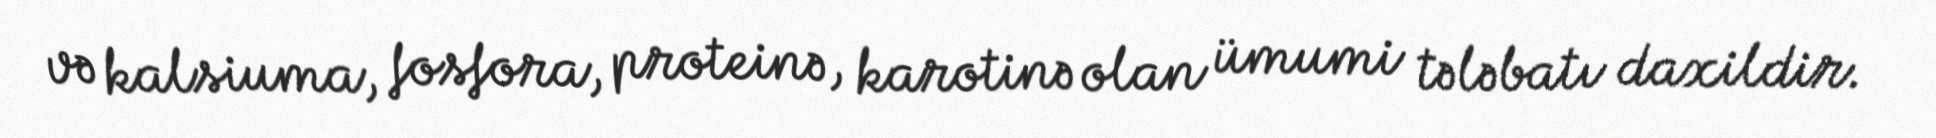
və kalsiuma, fosfora, proteinə, karotinə olan ümumi tələbatı daxildir.